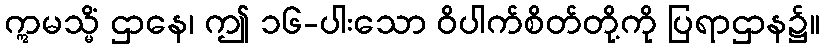
ဣမသ္မိံ ဌာနေ၊ ဤ ၁၆-ပါးသော ဝိပါက်စိတ်တို့ကို ပြရာဌာန၌။